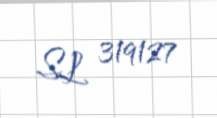
SL 319127